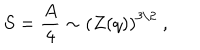
LaTeX: S = { \frac { A } { 4 } } \sim \left( Z ( q ) \right) ^ { 3 / 2 } \ ,